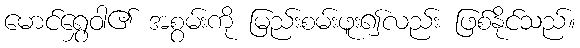
မောင်ရွှေဝါ၏ အစွမ်းကို မြည်းစမ်းဖူး၍လည်း ဖြစ်နိုင်သည်။